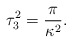
\begin{align*}\tau_3^2 = {\pi \over {\kappa^2}}.\end{align*}